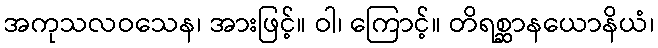
အကုသလဝသေန၊ အားဖြင့်။ ဝါ၊ ကြောင့်။ တိရစ္ဆာနယောနိယံ၊